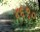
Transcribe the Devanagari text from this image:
४६९०